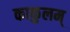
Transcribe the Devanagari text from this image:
काकुलम्